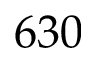
6 3 0